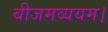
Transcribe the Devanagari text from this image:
बीजमव्ययम।